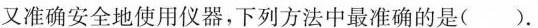
又准确安全地使用仪器，下列方法中最准确的是().